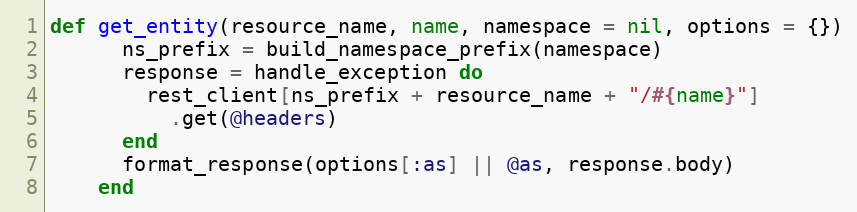
Language: Ruby
def get_entity(resource_name, name, namespace = nil, options = {})
      ns_prefix = build_namespace_prefix(namespace)
      response = handle_exception do
        rest_client[ns_prefix + resource_name + "/#{name}"]
          .get(@headers)
      end
      format_response(options[:as] || @as, response.body)
    end